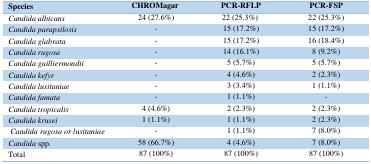
| Species | CHROMagar | PCR-RFLP | PCR-FSP |
 | --- | --- | --- | --- |
 | Candida albicans | 24 (27.6%) | 22 (25.3%) | 22 (25.3%) |
 | Candida parapsilosis | - | 15 (17.2%) | 15 (17.2%) |
 | Candida glabrata | - | 15 (17.2%) | 16 (18.4%) |
 | Candida rugosa | - | 14 (16.1%) | 8 (9.2%) |
 | Candida guilliermondii | - | 5 (5.7%) | 5 (5.7%) |
 | Candida kefyr | - | 4 (4.6%) | 2 (2.3%) |
 | Candida lusitaniae | - | 3 (3.4%) | 1 (1.1%) |
 | Candida famata | - | 1 (1.1%) | - |
 | Candida tropicalis | 4 (4.6%) | 2 (2.3%) | 2 (2.3%) |
 | Candida krusei | 1 (1.1%) | 1 (1.1%) | 2 (2.3%) |
 | Candida rugosa or lusitaniae | - | 1 (1.1%) | 7 (8.0%) |
 | Candida spp. | 58 (66.7%) | 4 (4.6%) | 7 (8.0%) |
 | Total | 87 (100%) | 87 (100%) | 87 (100%) |